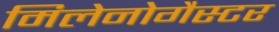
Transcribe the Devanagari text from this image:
मिलेनोगैस्टर